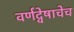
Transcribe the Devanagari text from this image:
वर्णद्वेषाचेच